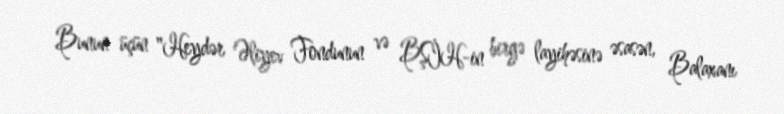
Bunun üçün "Heydər Əliyev Fondunun və BŞİH-in birgə layihəsinə əsasən, Balaxanı